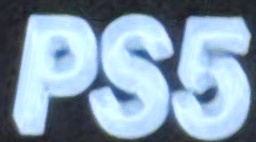
PS5